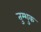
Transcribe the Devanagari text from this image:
तुम्शुक